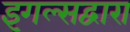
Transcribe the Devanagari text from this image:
इगल्सद्वारा